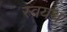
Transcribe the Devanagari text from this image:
स्वयथ